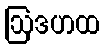
ဩဒဟထ